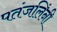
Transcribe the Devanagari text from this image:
पतंजलिंनी